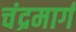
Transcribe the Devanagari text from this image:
चंद्रमार्ग